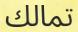
تمالك